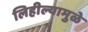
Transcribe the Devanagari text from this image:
लिहील्यामुळे